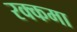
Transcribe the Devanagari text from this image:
रक्कमा